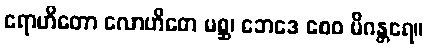
ရောဟိတော လောဟိတေ မစ္ဆ၊ ဘေဒေ စေဝ မိဂန္တရေ။